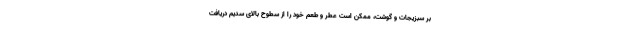
بر سبزیجات و گوشت، ممکن است عطر و طعم خود را از سطوح بالای سدیم دریافت